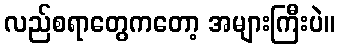
လည်စရာတွေကတော့ အများကြီးပဲ။